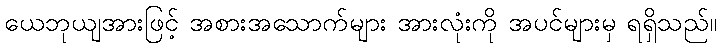
ယေဘုယျအားဖြင့် အစားအသောက်များ အားလုံးကို အပင်များမှ ရရှိသည်။